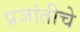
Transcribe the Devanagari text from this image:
प्रजांतीचे